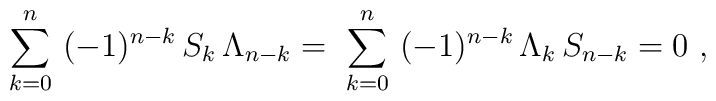
\sum_{k=0}^n \ (-1)^{n-k}\, S_k\, \Lambda_{n-k} =\ \sum_{k=0}^n \ (-1)^{n-k}\, \Lambda_{k}\, S_{n-k} = 0\ ,